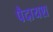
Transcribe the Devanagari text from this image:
पैदायश